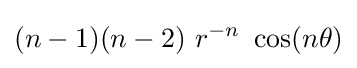
(n-1)(n-2)~r^{-n}~\cos(n\theta )